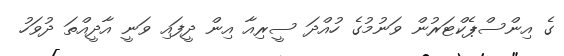
ގެ އިންސްޕެކްޓަރުން ވަނުމުގެ ހުއްދަ ސީރިއާ އިން ދީފައިި ވަނީ އާދީއްތަ ދުވަހު